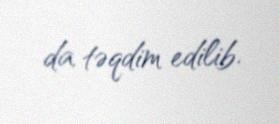
da təqdim edilib.